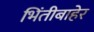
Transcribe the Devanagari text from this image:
भिंतीबाहेर